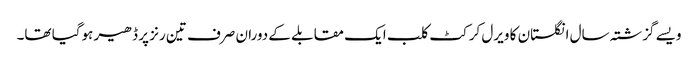
ویسے گزشتہ سال انگلستان کا ویرل کرکٹ کلب ایک مقابلے کے دوران صرف تین رنز پر ڈھیر ہوگیا تھا۔